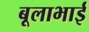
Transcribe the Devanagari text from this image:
बूलाभाई